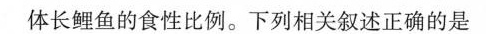
体长鲤鱼的食性比例。下列相关叙述正确的是